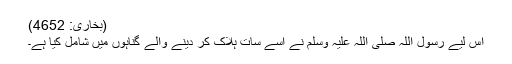
(بخاری: 4652)
اس لیے رسول اللہ صلی اللہ علیہ وسلم نے اسے سات ہلاک کر دینے والے گناہوں میں شامل کیا ہے۔